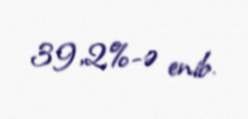
39,2%-ə enib.